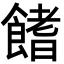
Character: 𩝙